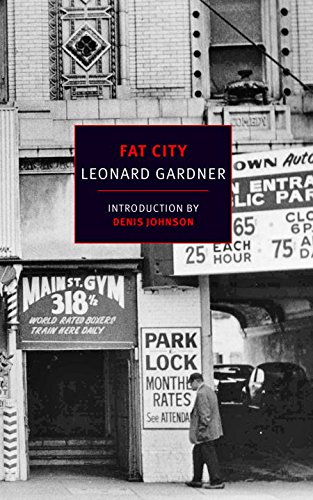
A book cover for Fat City (New York Review Books Classics); Leonard Gardner; Literature & Fiction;